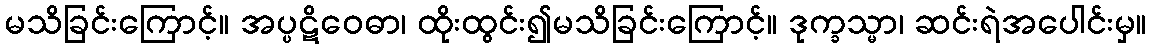
မသိခြင်းကြောင့်။ အပ္ပဋိဝေဓာ၊ ထိုးထွင်း၍မသိခြင်းကြောင့်။ ဒုက္ခသ္မာ၊ ဆင်းရဲအပေါင်းမှ။